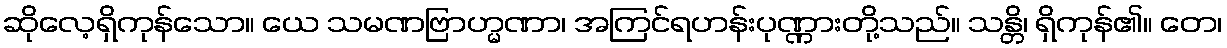
ဆိုလေ့ရှိကုန်သော။ ယေ သမဏဗြာဟ္မဏာ၊ အကြင်ရဟန်းပုဏ္ဏားတို့သည်။ သန္တိ၊ ရှိကုန်၏။ တေ၊